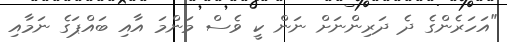
"އަހަރެންގެ ދެ ދަރިންނަށް ނަން ކީ ވެސް މަންމަ އާއި ބައްޕަގެ ނަމާއި